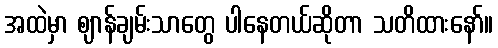
အထဲမှာ ဈာန်ချမ်းသာတွေ ပါနေတယ်ဆိုတာ သတိထားနော်။